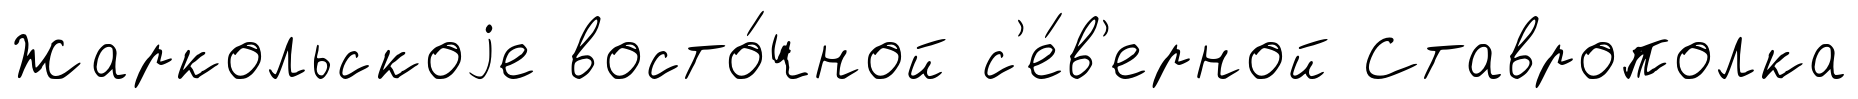
Жаркольскоjе восто́чной с'е́в'ерной Ставрополка